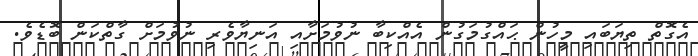
އެގޮތް ތިޔަބައި މީހުން ޙައްގުމަގުން އެއްކިބާ ނުވުމަށާއި އަނިޔާވެރި ނުވުމަށް ގާތްކަން ބޮޑެވެ.